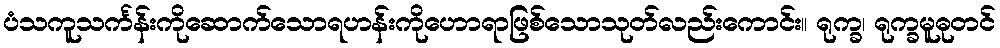
ပံသကူသင်္ကန်းကိုဆောက်သောရဟန်းကိုဟောရာဖြစ်သောသုတ်လည်းကောင်း။ ရုက္ခ၊ ရုက္ခမူဓုတင်